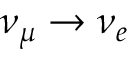
\nu _ { \mu } \rightarrow \nu _ { e }